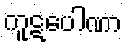
ကူဋပေါဏာ